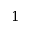
1